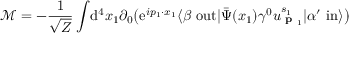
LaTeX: { \mathcal { M } } = - { \frac { 1 } { \sqrt { Z } } } \int \! \mathrm { d } ^ { 4 } x _ { 1 } \partial _ { 0 } { \big ( } \mathrm { e } ^ { i p _ { 1 } \cdot x _ { 1 } } \langle \beta \ \mathrm { o u t } | { \bar { \Psi } } ( x _ { 1 } ) \gamma ^ { 0 } u _ { { \textbf { p } } _ { 1 } } ^ { s _ { 1 } } | \alpha ^ { \prime } \ \mathrm { i n } \rangle { \big ) }